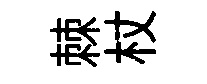
棘杖